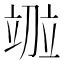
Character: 𫁤